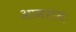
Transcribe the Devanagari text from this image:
आमरायः